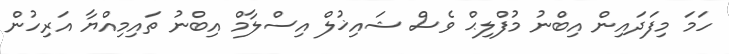
ހަމަ މިފަދައިން އިބްނު މުފްލިޙް ވެސް ޝައިޚުލް އިސްލާމް އިބްނު ތައިމިއްޔާ އަރިހުން